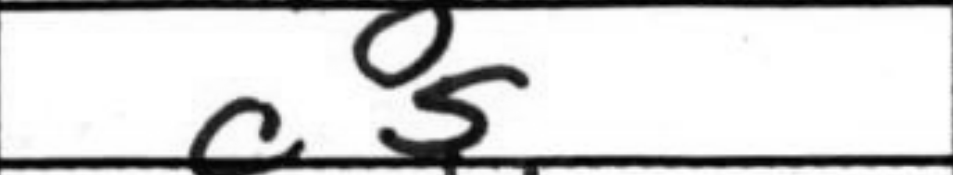
Transcription: c5